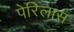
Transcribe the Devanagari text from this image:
पेरिलास